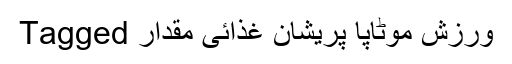
Tagged ورزش موٹاپا پریشان غذائی مقدار